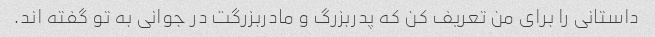
داستانی را برای من تعریف کن که پدربزرگ و مادربزرگت در جوانی به تو گفته اند.